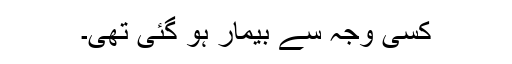
کسی وجہ سے بیمار ہو گئی تھی۔